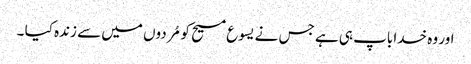
اور وہ خدا باپ ہی ہے جس نے یسوع مسیح کو مُردوں میں سے زندہ کیا ۔